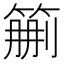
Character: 𥮚